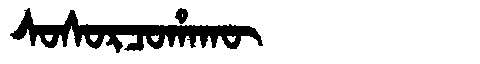
Manchu: ᠰᠣᠰᠣᡵᠴᠣᡥᠠᡴᡡ
Romanization: SOSORCOHAKŪ